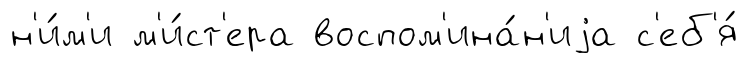
н'и́м'и м'и́ст'ера воспом'ина́н'иjа с'еб'я́